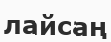
лайсаң